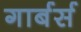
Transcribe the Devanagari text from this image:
गार्बर्स